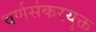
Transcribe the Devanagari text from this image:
वर्णसंकरयुक्त